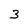
Character: 3